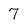
Character: 7